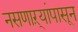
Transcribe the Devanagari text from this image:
नसणाऱ्यांपासून